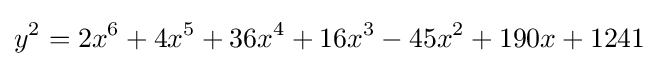
y^{2}=2x^{6}+4x^{5}+36x^{4}+16x^{3}-45x^{2}+190x+1241